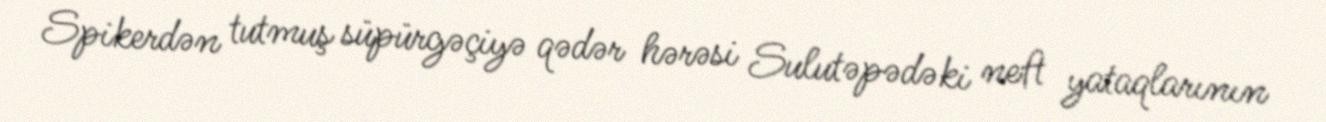
Spikerdən tutmuş süpürgəçiyə qədər hərəsi Sulutəpədəki neft yataqlarının